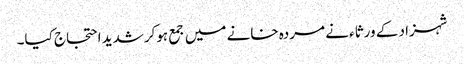
شہزاد کے ورثاء نے مردہ خانے میں جمع ہوکرشدید احتجاج کیا۔